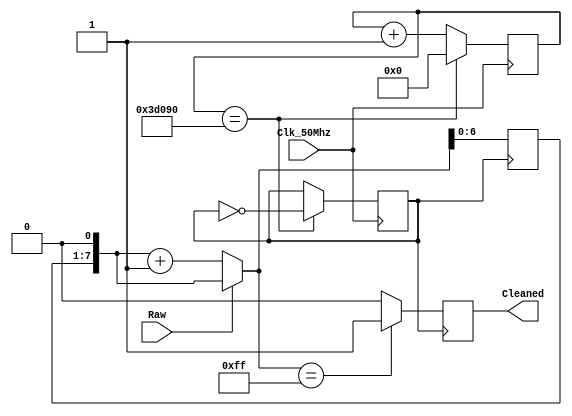
module SignalDebounce(

input Clk_50Mhz,
input Raw,
output reg Cleaned = 0

);

reg Clk_100Hz = 1;
reg [27:0]Counter;

//**************Clock divider *****************//
always @ (posedge Clk_50Mhz)
	begin
		
		if(Counter == 250_000)
			begin
				Clk_100Hz <= ~Clk_100Hz;
				Counter <=0;
			end
		else
			begin
				Counter <= Counter +1;
			end
	end
	
reg [7:0]SigBuffer = 8'b00000000;

always @ (posedge Clk_100Hz)
	begin
	
		SigBuffer = SigBuffer << 1;
		
		if(Raw == 0)
			begin
				
				SigBuffer = SigBuffer + 1'b1;
			
			end
		case(SigBuffer)
			
			8'b11111111 : Cleaned = 1'b1;
			
			default : Cleaned = 1'b0;		
		
		endcase
	end
	
endmodule